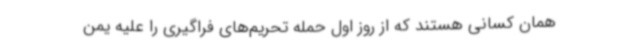
همان کسانی هستند که از روز اول حمله تحریم‌های فراگیری را علیه یمن